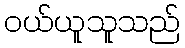
ဝယ်ယူသူသည်